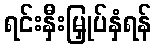
ရင်းနှီးမြှုပ်နှံရန်